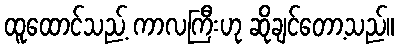
ထူထောင်သည့် ကာလကြီးဟု ဆိုချင်တော့သည်။